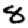
Digit: 8